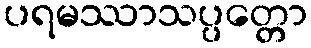
ပရမဿာသပ္ပတ္တော